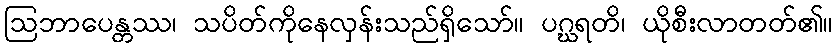
ဩဘာပေန္တဿ၊ သပိတ်ကိုနေလှန်းသည်ရှိသော်။ ပဂ္ဃရတိ၊ ယိုစီးလာတတ်၏။